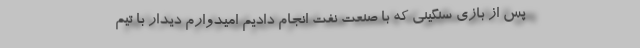
پس از بازی سنگینی که با صنعت نفت انجام دادیم امیدوارم دیدار با تیم